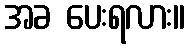
အခ ပေးရလား။